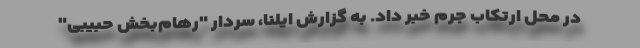
در محل ارتکاب جرم خبر داد. به گزارش ایلنا، سردار "رهام‌بخش حبیبی"